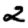
Digit: 2